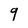
Character: 9